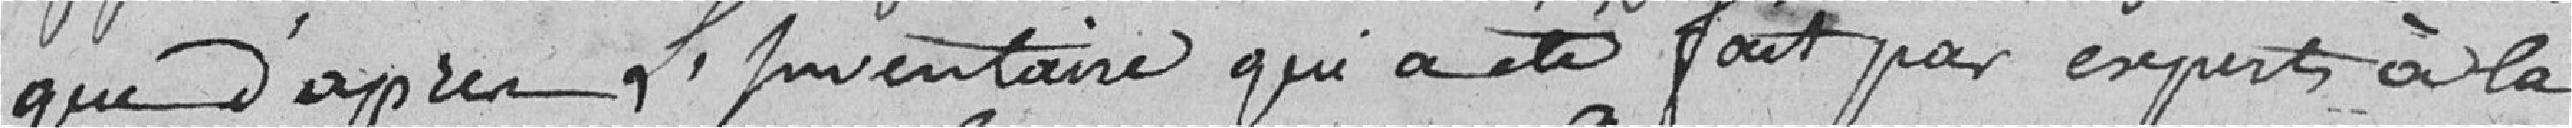
que d'après l'inventaire qui a été fait par experts à la